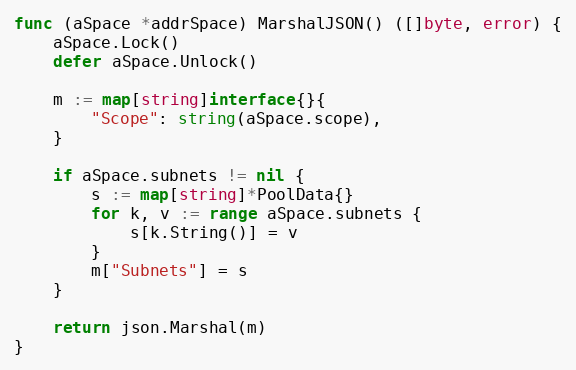
Language: Go
func (aSpace *addrSpace) MarshalJSON() ([]byte, error) {
	aSpace.Lock()
	defer aSpace.Unlock()

	m := map[string]interface{}{
		"Scope": string(aSpace.scope),
	}

	if aSpace.subnets != nil {
		s := map[string]*PoolData{}
		for k, v := range aSpace.subnets {
			s[k.String()] = v
		}
		m["Subnets"] = s
	}

	return json.Marshal(m)
}